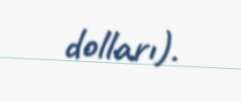
dolları).